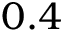
0 . 4